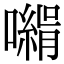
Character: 𡁰